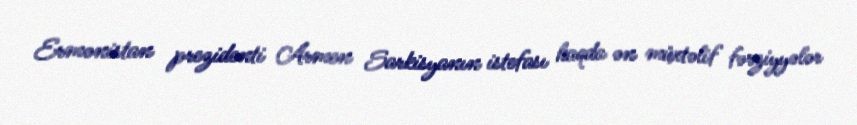
Ermənistan prezidenti Armen Sarkisyanın istefası haqda ən müxtəlif fərziyyələr